Indian journal of veterinary science and animal husbandry - Volume 2,
Year: 1932
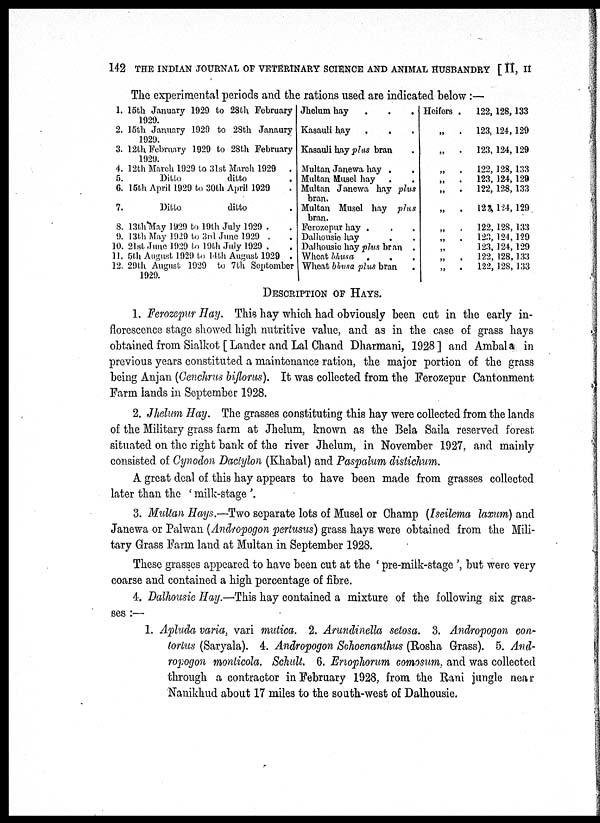
142 THE INDIAN JOURNAL OF VETERINARY SCIENCE AND ANIMAL HUSBANDRY [ II, II
The experimental periods and the rations used are indicated below :—
1.
2.
3.
4.
5.
6.
7.
8.
9.
10.
11.
12.
15th January 1929 to 28th February
1929.
16th January 1929 to 28th Janaury
1929.
12th February 1929 to 28th February
1929.
12th March 1929 to 31st March 1929 .
Ditto
ditto .
15th April 1929 to 30th April 1929 .
Ditto
ditto .
13th May 1929 to 19th July 1929 . .
13th May 1929 to 3rd June 1929 . .
21st June 1929 to 19th July 1929 . .
5th August 1929 to 14th August 1929 .
29th August 1929 to 7th September
1929.
Jhelum hay . . .
Kasauli hay . . .
Kasauli hay plus bran .
Multan Janewa hay .
.
Multan Musel hay . .
Multan Janewa hay plus
bran.
Multan Musel hay plus
bran.
Ferozepur hay . . .
Dalhousie hay . .
Dalhousie hay plus bran .
Wheat bhusa . . .
Wheat bhusa plus bran .
Heifers .
„ .
„ .
„ .
„ .
„ .
„ .
„ .
„ .
„ .
„ .
„ .
122, 128,133
123, 124, 129
123, 124,129
122, 128, 133
123, 124, 129
122, 128, 133
123, 124, 129
122, 128, 133
123, 124, 129
123, 124, 129
122, 128, 133
122, 128, 133
DESCRIPTION OF HAYS.
1. Ferozepur Hay. This hay which had obviously been cut in the early in-
florescence stage showed high nutritive value, and as in the case of grass hays
obtained from Sialkot [ Lander and Lal Chand Dharmani, 1928 ] and Ambal a in
previous years constituted a maintenance ration, the major portion of the grass
being Anjan (Cenchrus biflorus). It was collected from the Ferozepur Cantonment
Farm lands in September 1928.
2. Jhelum Hay. The grasses constituting this hay were collected from the lands
of the Military grass farm at Jhelum, known as the Bela Saila reserved forest
situated on the right bank of the river Jhelum, in November 1927, and mainly
consisted of Cynodon Dactylon (Khabal) and Paspalum distichum.
A great deal of this hay appears to have been made from grasses collected
later than the ' milk-stage '.
3. Multan Hays.—Two separate lots of Musel or Champ (Iseilema laxum) and
Janewa or Palwan (Andropogon pertusus) grass hays were obtained from the Mili-
tary Grass Farm land at Multan in September 1928.
These grasses appeared to have been cut at the ' pre-milk-stage ', but were very
coarse and contained a high percentage of fibre.
4. Dalhousie Hay.—This hay contained a mixture of the following six gras-
ses :—
1. Apluda varia, vari mutica. 2. Arundinella setosa. 3. Andropogon con-
torlus (Saryala). 4. Andropogon Schoenanthus (Rosha Grass). 5. And-
ropogon monticola. Schult. 6. Eriophorum comosum, and was collected
through a contractor in February 1928, from the Rani jungle near
Nanikhud about 17 miles to the south-west of Dalhousie.